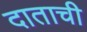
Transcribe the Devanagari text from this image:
दाताची